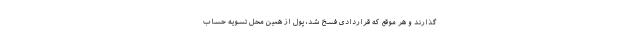
‌گذارند و هر موقع که قراردادی فسخ شد، پول از همین محل تسویه حساب